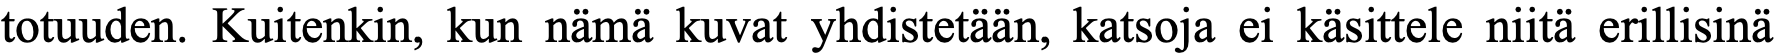
totuuden. Kuitenkin, kun nämä kuvat yhdistetään, katsoja ei käsittele niitä erillisinä